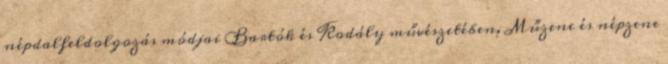
népdalfeldolgozás módjai Bartók és Kodály művészetében. Műzene és népzene